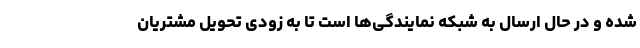
شده و در حال ارسال به شبکه نمایندگی‌ها است تا به زودی تحویل مشتریان